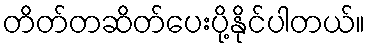
တိတ်တဆိတ်ပေးပို့နိုင်ပါတယ်။